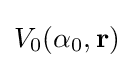
V_{0}(\alpha _{0},\mathbf {r} )